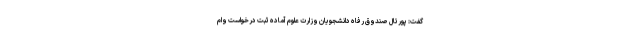
گفت: پورتال صندوق رفاه دانشجویان وزارت علوم آماده ثبت درخواست وام